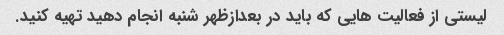
لیستی از فعالیت هایی که باید در بعدازظهر شنبه انجام دهید تهیه کنید.